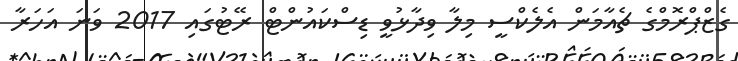
ގެޒްޕްރޮމްގެ ޗެއާމަން އެލެކްސީ މިލާ ވިދާޅުވީ ޑިސްކައުންޓް ރޭޓުގައި 2017 ވަނަ އަހަރާ